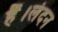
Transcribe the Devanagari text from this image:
हैं।लंदन